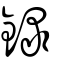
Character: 録